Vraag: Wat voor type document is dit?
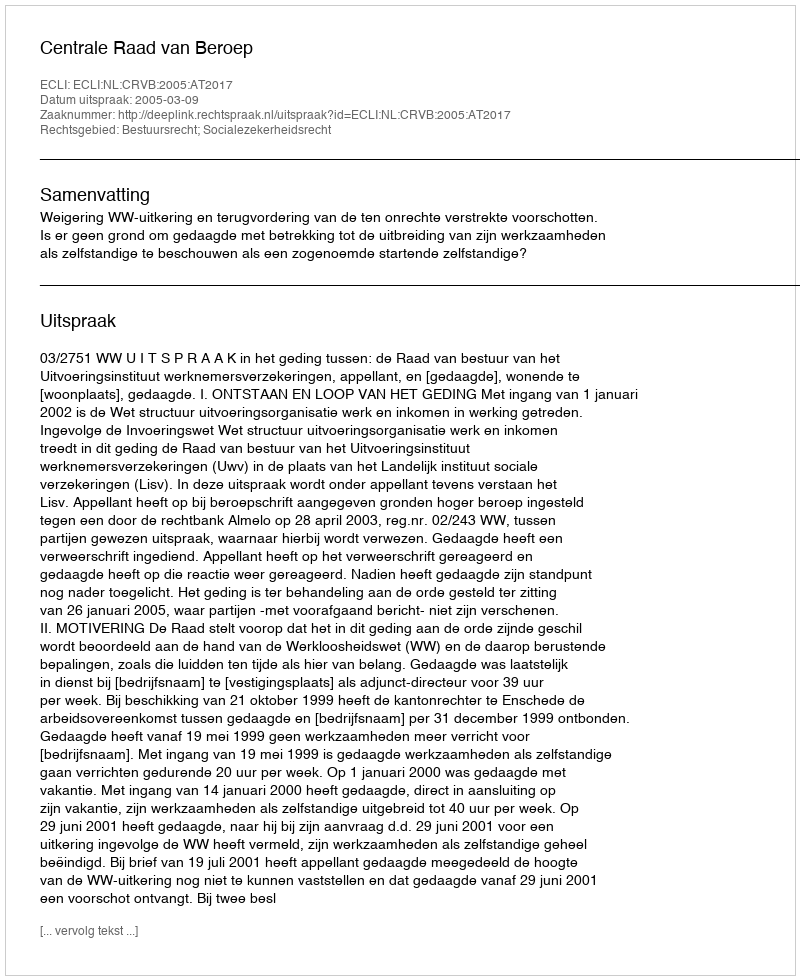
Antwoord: Uitspraak